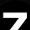
Digit: 7